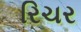
રિચર